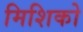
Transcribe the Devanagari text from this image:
मिशिको